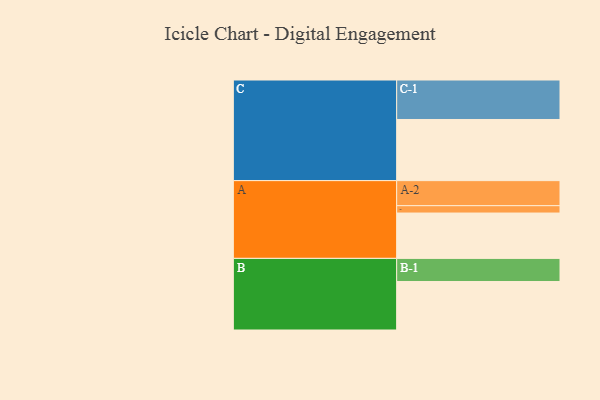
{"axis": {"x": "Segment", "y": "Value"}, "legend": ["", "A", "B", "C"], "data": [{"x": "A", "y": 333, "type": ""}, {"x": "B", "y": 356, "type": ""}, {"x": "C", "y": 449, "type": ""}, {"x": "A-1", "y": 54, "type": "A"}, {"x": "A-2", "y": 184, "type": "A"}, {"x": "B-1", "y": 170, "type": "B"}, {"x": "C-1", "y": 290, "type": "C"}]}